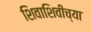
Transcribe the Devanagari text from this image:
शिवाशिवीच्या